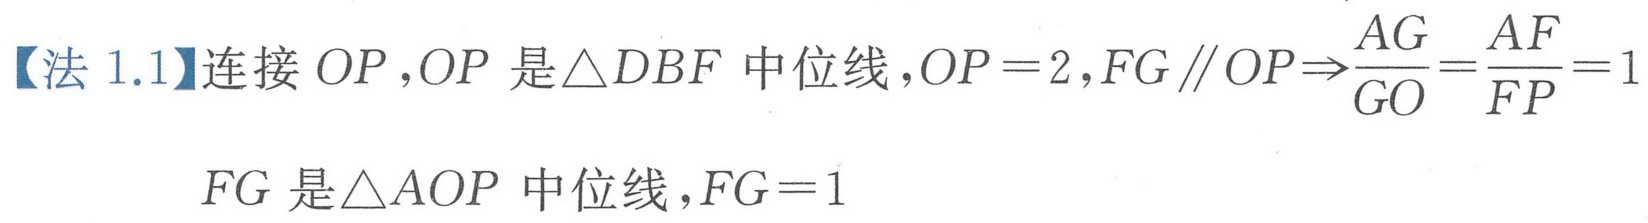
【法 1.1】连接 \(OP\)，\(OP\) 是\(\triangle DBF\) 中位线，\(OP = 2\)，\(FG\parallel OP\Rightarrow\frac{AG}{GO}=\frac{AF}{FP}=1\)

\(FG\) 是\(\triangle AOP\) 中位线，\(FG = 1\)